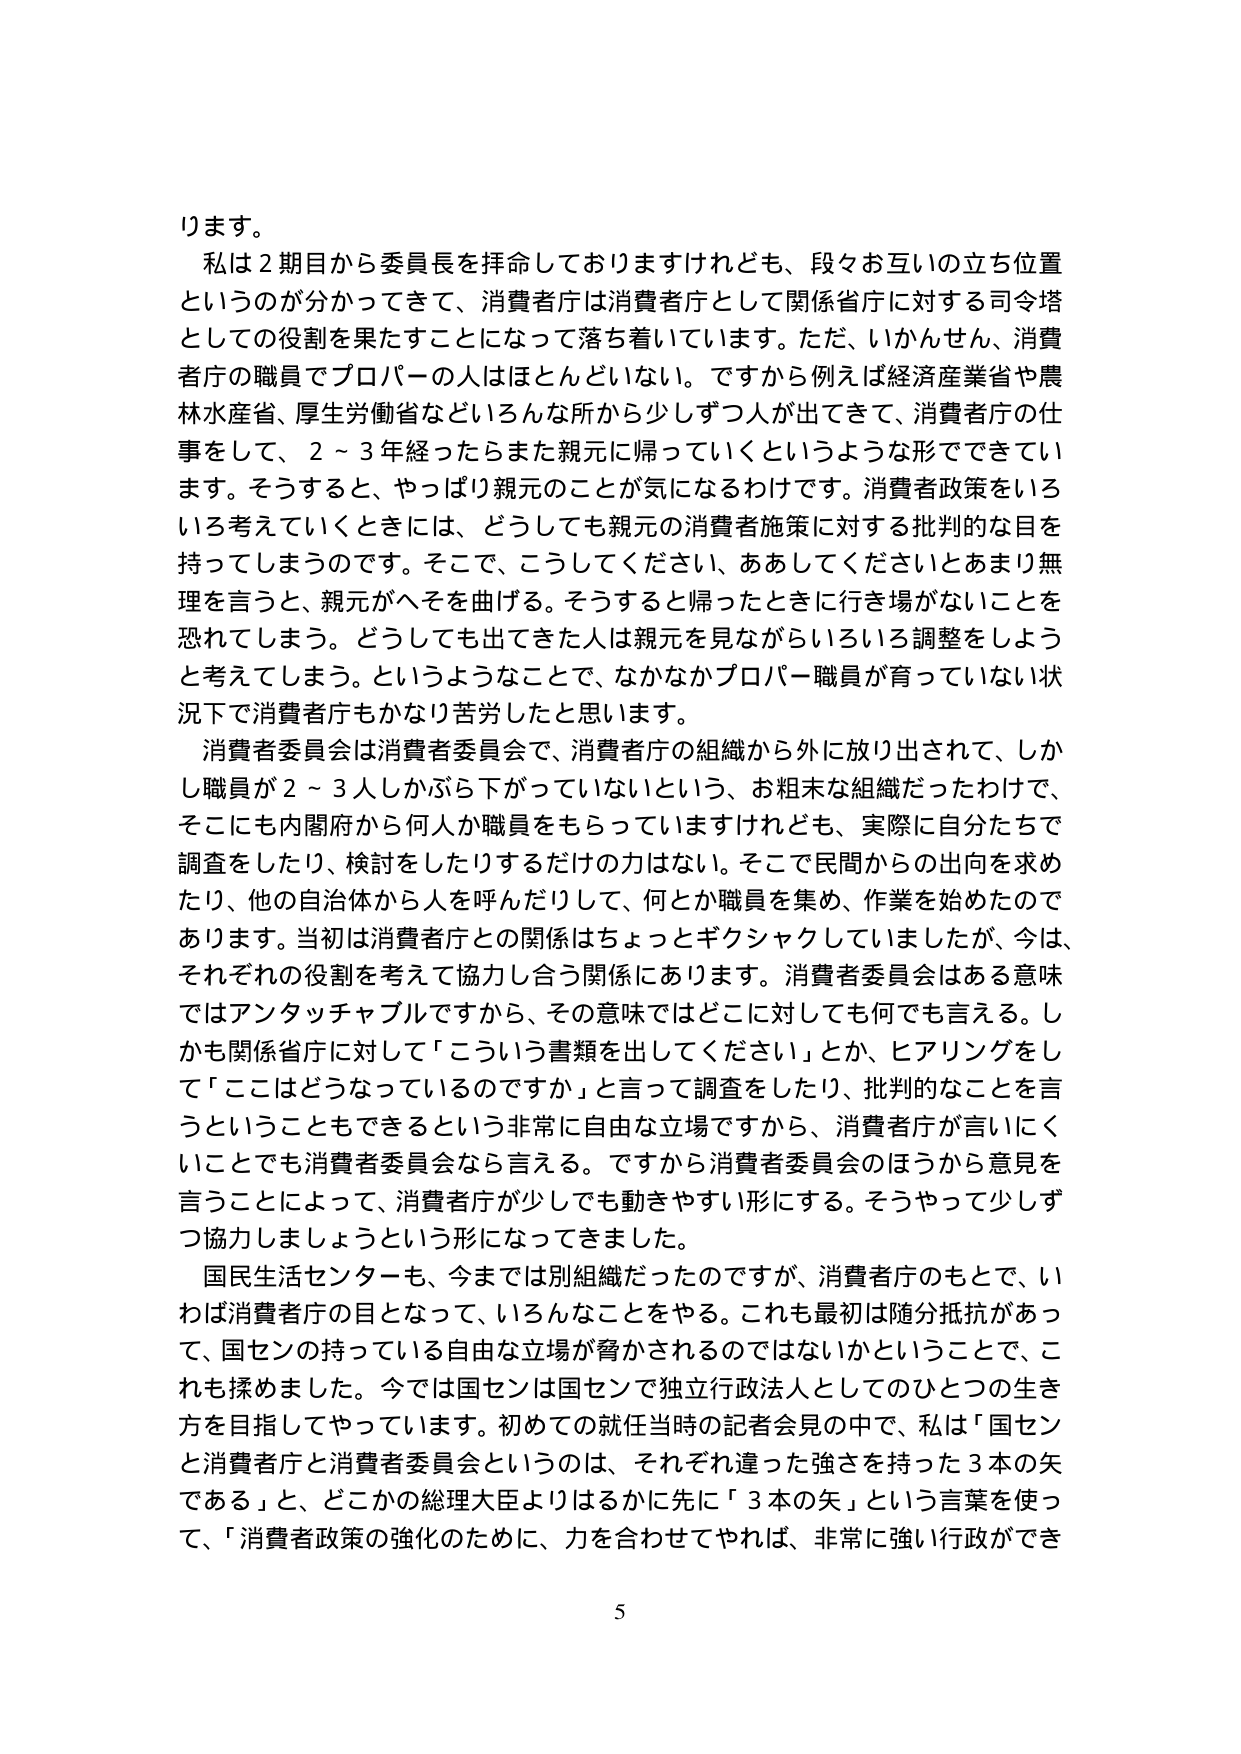
ります。
私は２期目から委員長を拝命しておりますけれども、段々お互いの立ち位置というのが分かってきて、消費者庁は消費者庁として関係省庁に対する司令塔としての役割を果たすことになって落ち着いています。ただ、いかんせん、消費者庁の職員でプロパーの人はほとんどいない。ですから例えば経済産業省や農林水産省、厚生労働省などいろんな所から少しずつ人が出てきて、消費者庁の仕事をして、２～３年経ったらまた親元に帰っていくというような形でできています。そうすると、やっぱり親元のことが気になるわけです。消費者政策をいろいろ考えていくときには、どうしても親元の消費者施策に対する批判的な目を持ってしまうのです。そこで、こうしてください、ああしてくださいとあまり無理を言うと、親元がへそを曲げる。そうすると帰ったときに行き場がないことを恐れてしまう。どうしても出てきた人は親元を見ながらいろいろ調整をしようと考えてしまう。というようなことで、なかなかプロパー職員が育っていない状況下で消費者庁もかなり苦労したと思います。
消費者委員会は消費者委員会で、消費者庁の組織から外に放り出されて、しかし職員が２～３人しかぶら下がっていないという、お粗末な組織だったわけで、そこにも内閣府から何人か職員をもらっていますけれども、実際に自分たちで調査をしたり、検討をしたりするだけの力はない。そこで民間からの出向を求めたり、他の自治体から人を呼んだりして、何とか職員を集め、作業を始めたのであります。当初は消費者庁との関係はちょっとギクシャクしていましたが、今は、それぞれの役割を考えて協力し合う関係にあります。消費者委員会はある意味ではアンタッチャブルですから、その意味ではどこに対しても何でも言える。しかも関係省庁に対して「こういう書類を出してください」とか、ヒアリングをして「ここはどうなっているのですか」と言って調査をしたり、批判的なことを言うということもできるという非常に自由な立場ですから、消費者庁が言いにくいことでも消費者委員会なら言える。ですから消費者委員会のほうから意見を言うことによって、消費者庁が少しでも動きやすい形にする。そうやって少しずつ協力しましょうという形になってきました。
国民生活センターも、今までは別組織だったのですが、消費者庁のもとで、いわば消費者庁の目となって、いろんなことをやる。これも最初は随分抵抗があって、国センの持っている自由な立場が脅かされるのではないかということで、これも揉めました。今では国センは国センで独立行政法人としてのひとつの生き方を目指してやっています。初めての就任当時の記者会見の中で、私は「国センと消費者庁と消費者委員会というのは、それぞれ違った強さを持った３本の矢である」と、どこかの総理大臣よりはるかに先に「３本の矢」という言葉を使って、「消費者政策の強化のために、力を合わせてやれば、非常に強い行政ができ
5